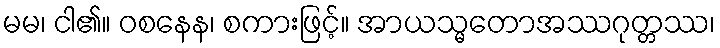
မမ၊ ငါ၏။ ဝစနေန၊ စကားဖြင့်။ အာယသ္မတောအဿဂုတ္တဿ၊